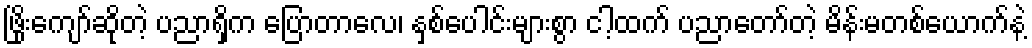
ဖြိုးကျော်ဆိုတဲ့ ပညာရှိက ပြောတာလေ၊ နှစ်ပေါင်းများစွာ ငါ့ထက် ပညာတော်တဲ့ မိန်းမတစ်ယောက်နဲ့